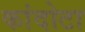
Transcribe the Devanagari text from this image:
कांदोटा